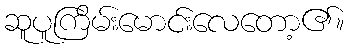
ဆူပူကြိမ်းမောင်းလေတော့၏။